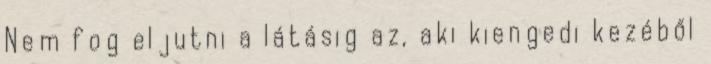
Nem fog eljutni a látásig az, aki kiengedi kezéből